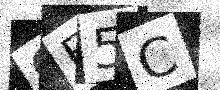
Text: GE5C